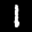
Label: 1